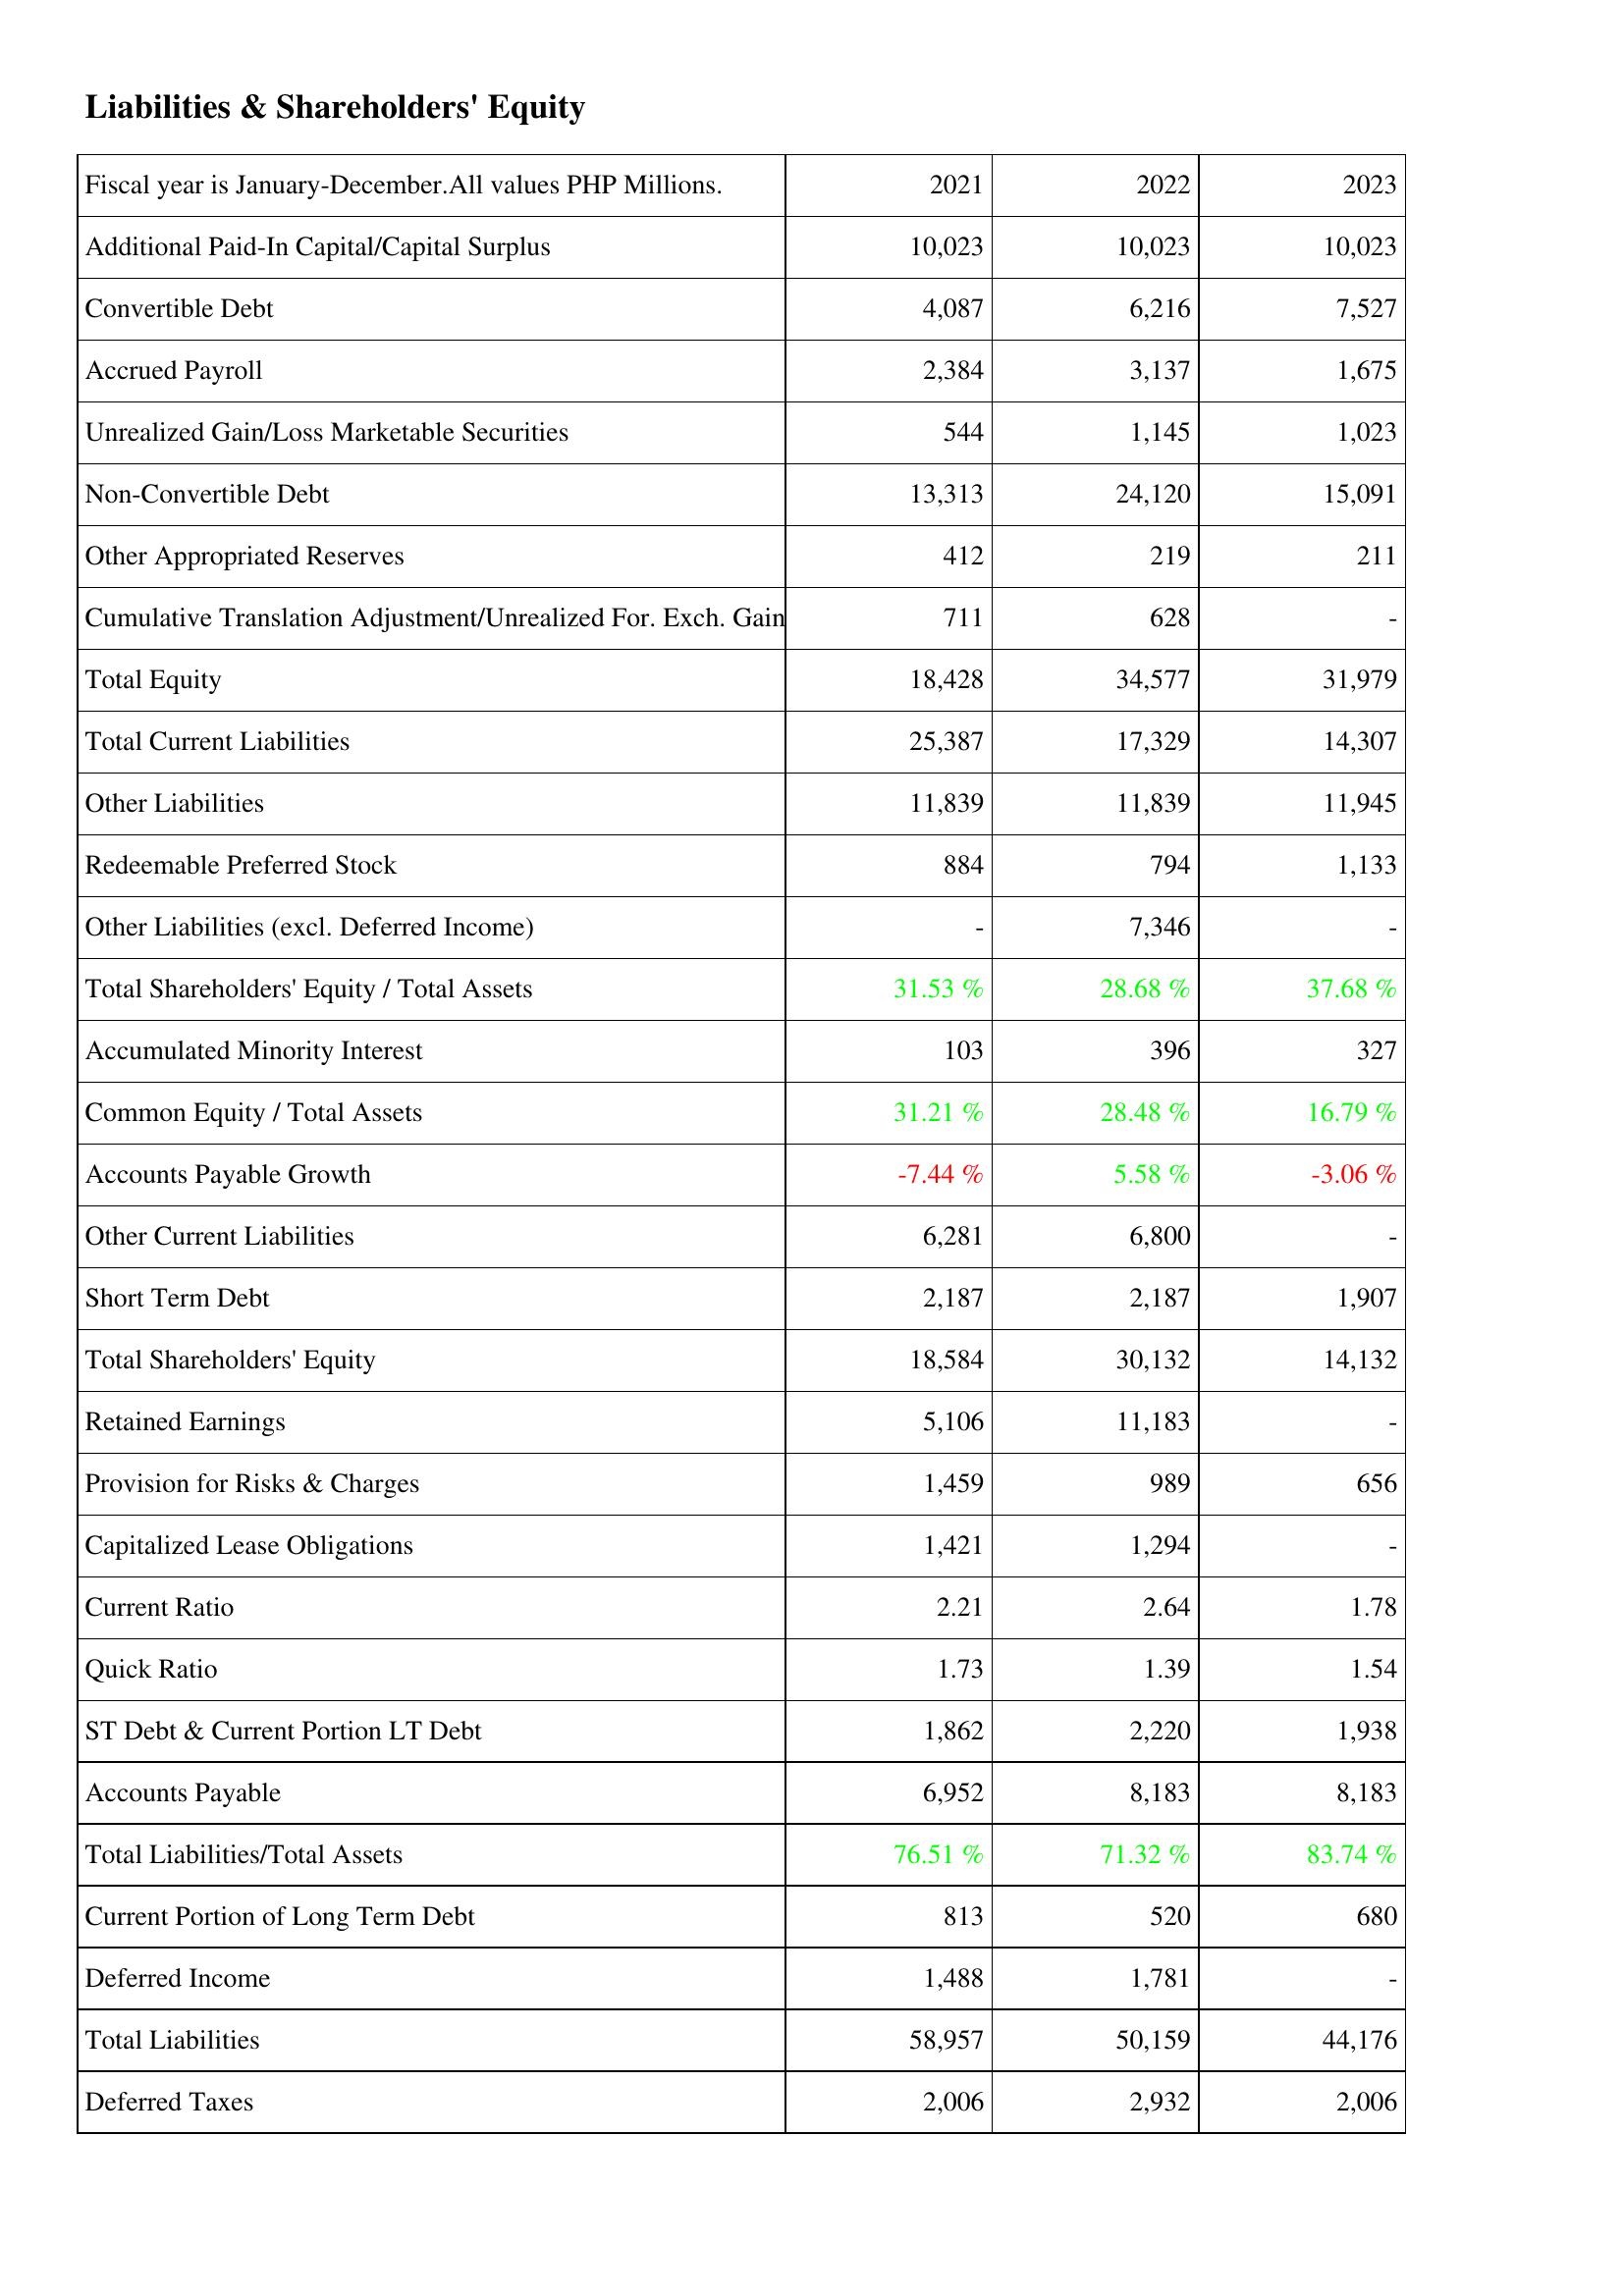
2021: Liabilities & Shareholders' Equity: Additional Paid-In Capital/Capital Surplus: 10,023
Convertible Debt: 4,087
Accrued Payroll: 2,384
Unrealized Gain/Loss Marketable Securities: 544
Non-Convertible Debt: 13,313
Other Appropriated Reserves: 412
Cumulative Translation Adjustment/Unrealized For. Exch. Gain: 711
Total Equity: 18,428
Total Current Liabilities: 25,387
Other Liabilities: 11,839
Redeemable Preferred Stock: 884
Other Liabilities (excl. Deferred Income): -
Total Shareholders' Equity / Total Assets: 31.53 %
Accumulated Minority Interest: 103
Common Equity / Total Assets: 31.21 %
Accounts Payable Growth: -7.44 %
Other Current Liabilities: 6,281
Short Term Debt: 2,187
Total Shareholders' Equity: 18,584
Retained Earnings: 5,106
Provision for Risks & Charges: 1,459
Capitalized Lease Obligations: 1,421
Current Ratio: 2.21
Quick Ratio: 1.73
ST Debt & Current Portion LT Debt: 1,862
Accounts Payable: 6,952
Total Liabilities/Total Assets: 76.51 %
Current Portion of Long Term Debt: 813
Deferred Income: 1,488
Total Liabilities: 58,957
Deferred Taxes: 2,006
2022: Liabilities & Shareholders' Equity: Additional Paid-In Capital/Capital Surplus: 10,023
Convertible Debt: 6,216
Accrued Payroll: 3,137
Unrealized Gain/Loss Marketable Securities: 1,145
Non-Convertible Debt: 24,120
Other Appropriated Reserves: 219
Cumulative Translation Adjustment/Unrealized For. Exch. Gain: 628
Total Equity: 34,577
Total Current Liabilities: 17,329
Other Liabilities: 11,839
Redeemable Preferred Stock: 794
Other Liabilities (excl. Deferred Income): 7,346
Total Shareholders' Equity / Total Assets: 28.68 %
Accumulated Minority Interest: 396
Common Equity / Total Assets: 28.48 %
Accounts Payable Growth: 5.58 %
Other Current Liabilities: 6,800
Short Term Debt: 2,187
Total Shareholders' Equity: 30,132
Retained Earnings: 11,183
Provision for Risks & Charges: 989
Capitalized Lease Obligations: 1,294
Current Ratio: 2.64
Quick Ratio: 1.39
ST Debt & Current Portion LT Debt: 2,220
Accounts Payable: 8,183
Total Liabilities/Total Assets: 71.32 %
Current Portion of Long Term Debt: 520
Deferred Income: 1,781
Total Liabilities: 50,159
Deferred Taxes: 2,932
2023: Liabilities & Shareholders' Equity: Additional Paid-In Capital/Capital Surplus: 10,023
Convertible Debt: 7,527
Accrued Payroll: 1,675
Unrealized Gain/Loss Marketable Securities: 1,023
Non-Convertible Debt: 15,091
Other Appropriated Reserves: 211
Cumulative Translation Adjustment/Unrealized For. Exch. Gain: -
Total Equity: 31,979
Total Current Liabilities: 14,307
Other Liabilities: 11,945
Redeemable Preferred Stock: 1,133
Other Liabilities (excl. Deferred Income): -
Total Shareholders' Equity / Total Assets: 37.68 %
Accumulated Minority Interest: 327
Common Equity / Total Assets: 16.79 %
Accounts Payable Growth: -3.06 %
Other Current Liabilities: -
Short Term Debt: 1,907
Total Shareholders' Equity: 14,132
Retained Earnings: -
Provision for Risks & Charges: 656
Capitalized Lease Obligations: -
Current Ratio: 1.78
Quick Ratio: 1.54
ST Debt & Current Portion LT Debt: 1,938
Accounts Payable: 8,183
Total Liabilities/Total Assets: 83.74 %
Current Portion of Long Term Debt: 680
Deferred Income: -
Total Liabilities: 44,176
Deferred Taxes: 2,006